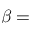
\beta =